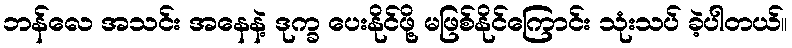
ဘန်လေ အသင်း အနေနဲ့ ဒုက္ခ ပေးနိုင်ဖို့ မဖြစ်နိုင်ကြောင်း သုံးသပ် ခဲ့ပါတယ်။